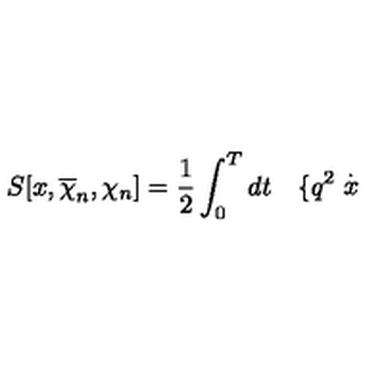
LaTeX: S [ x , \overline { { \chi } } _ { n } , \chi _ { n } ] = \frac 1 2 \int _ { 0 } ^ { T } d t \quad \{ q ^ { 2 } \stackrel { . } { x }